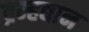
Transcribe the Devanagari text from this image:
ब्रम्हद्यान